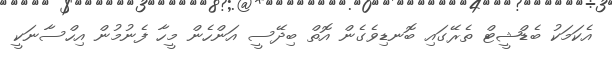
އެކަމަކު ބެޑްޝީޓް ތެރޭގައި ބޮނޑިވެގެން އޮތް ބިދޭސީ އަންހެން މީހާ ފެނުމުން އިހްސާނަކީ